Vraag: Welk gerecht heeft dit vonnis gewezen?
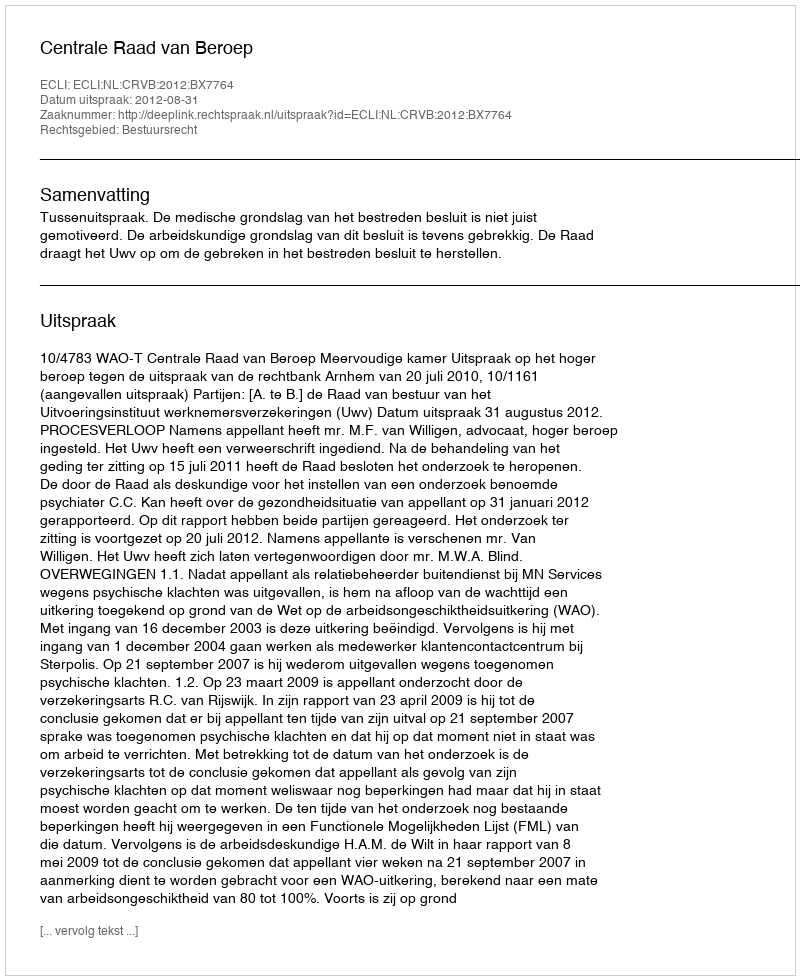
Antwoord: Centrale Raad van Beroep